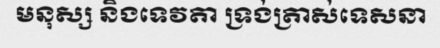
មនុស្ស និងទេវតា ទ្រង់ត្រាស់ទេសនា